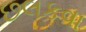
છલકવા